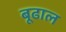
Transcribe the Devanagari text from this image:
बूढाल